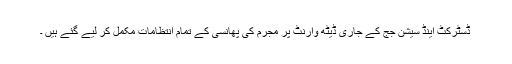
ڈسٹرکٹ اینڈ سیشن جج کے جاری ڈیٹھ وارنٹ پر مجرم کی پھانسی کے تمام انتظامات مکمل کر لیے گئے ہیں ۔